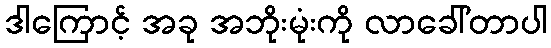
ဒါကြောင့် အခု အဘိုးမုံးကို လာခေါ်တာပါ